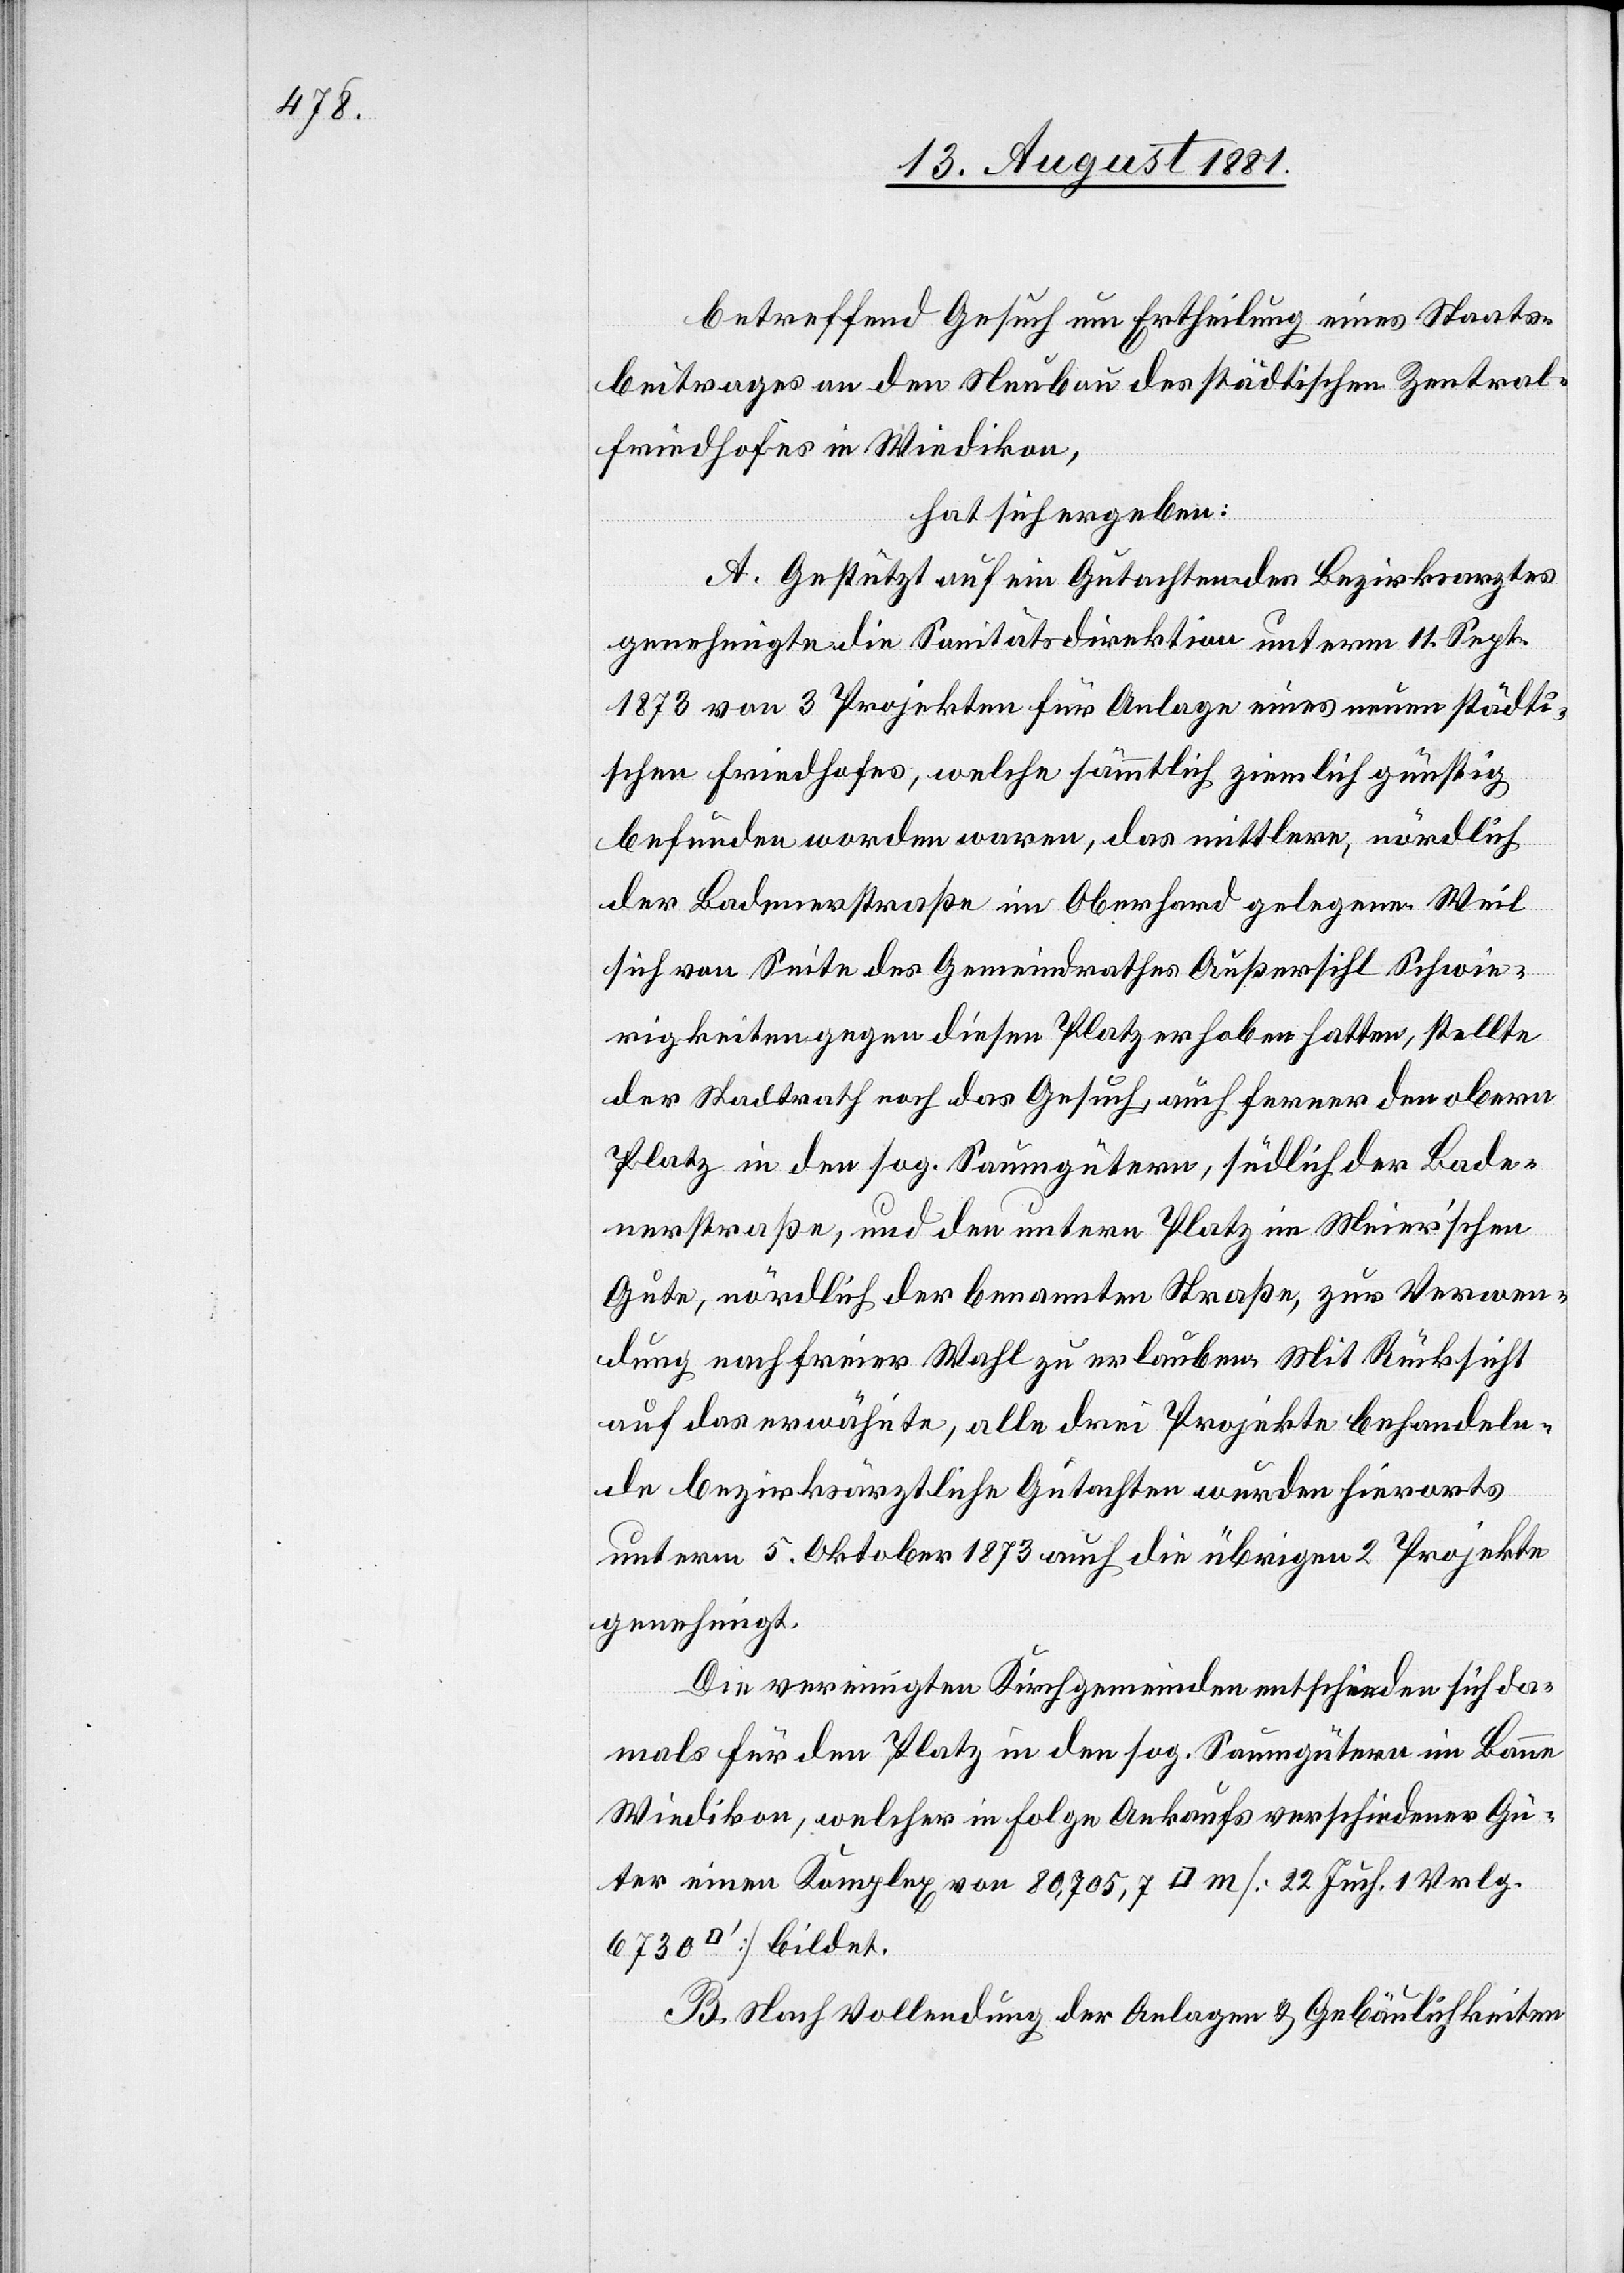
betreffend Gesuch um Ertheilung eines Staats¬
beitrages an den Neubau des städtischen Zentral¬
friedhofes in Wiedikon,
hat sich ergeben:
A. Gestützt auf ein Gutachten des Bezirksarztes
genehmigte die Sanitätsdirektion unterm 11. Sept.
1873 von 3 Projekten für Anlage eines neuen städti¬
schen Friedhofes, welche sämmtlich ziemlich günstig
befunden worden waren, das mittlere, nördlich
der Badenerstraße im Oberhard gelegenen. Weil
sich von Seite des Gemeindrathes Außersihl Schwie¬
rigkeiten gegen diesen Platz erhoben hatten, stellte
der Stadtrath noch das Gesuch, auch ferner den obern
Platz in den sog. Saumgütern, südlich der Bade¬
nerstraße, und den untern Platz im Meier’schen
Gute, nördlich der benannten Straße, zur Verwen¬
dung nach freier Wahl zu erlauben. Mit Rücksicht
auf das erwähnte, alle drei Projekte behandeln¬
de bezirksärztliche Gutachten wurden hierorts
unterm 5. Oktober 1873 auch die übrigen 2 Projekte
genehmigt.
Die vereinigten Kirchgemeinden entschieden sich da¬
mals für den Platz in den sog. Saumgütern im Banne
Wiedikon, welcher in Folge Ankaufs verschiedener Gü¬
ter einen Komplex von 80,705,7 [Quadrat]m [22. Juch. 1 Vrlg.
B. Nach Vollendung der Anlagen & Gebäulichkeiten